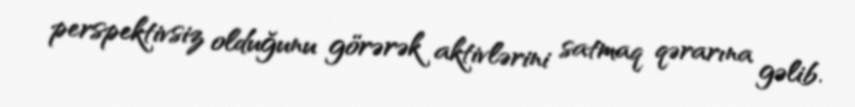
perspektivsiz olduğunu görərək aktivlərini satmaq qərarına gəlib.